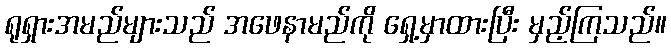
ရုရှားအမည်များသည် အဖေနာမည်ကို ရှေ့မှာထားပြီး မှည့်ကြသည်။